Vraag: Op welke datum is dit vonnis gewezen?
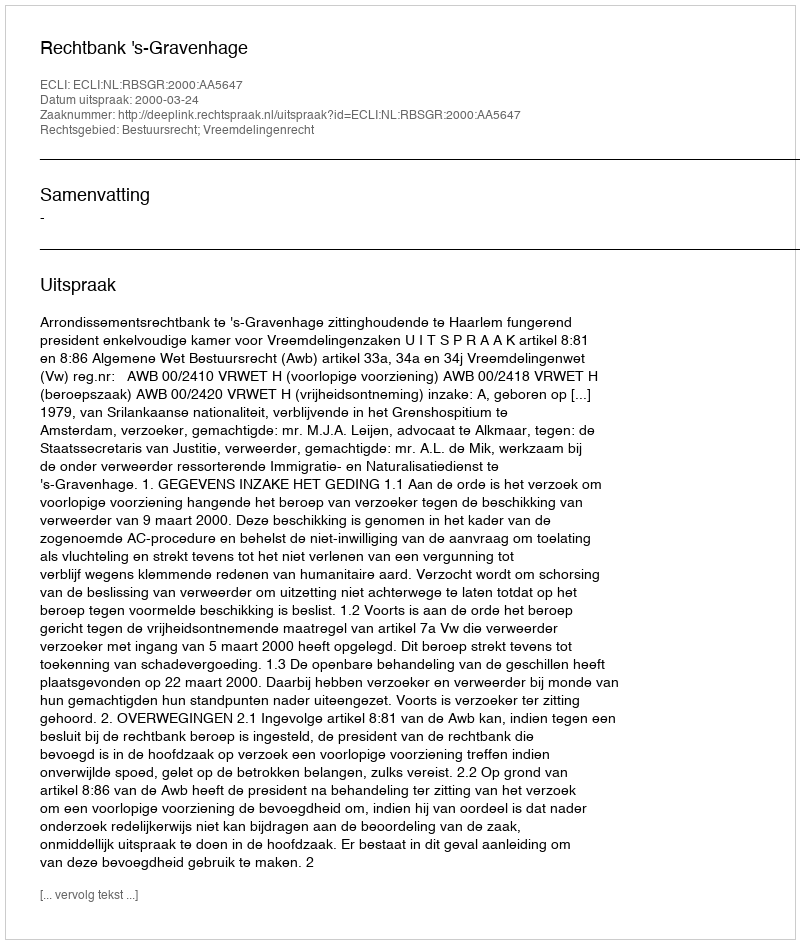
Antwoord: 2000-03-24